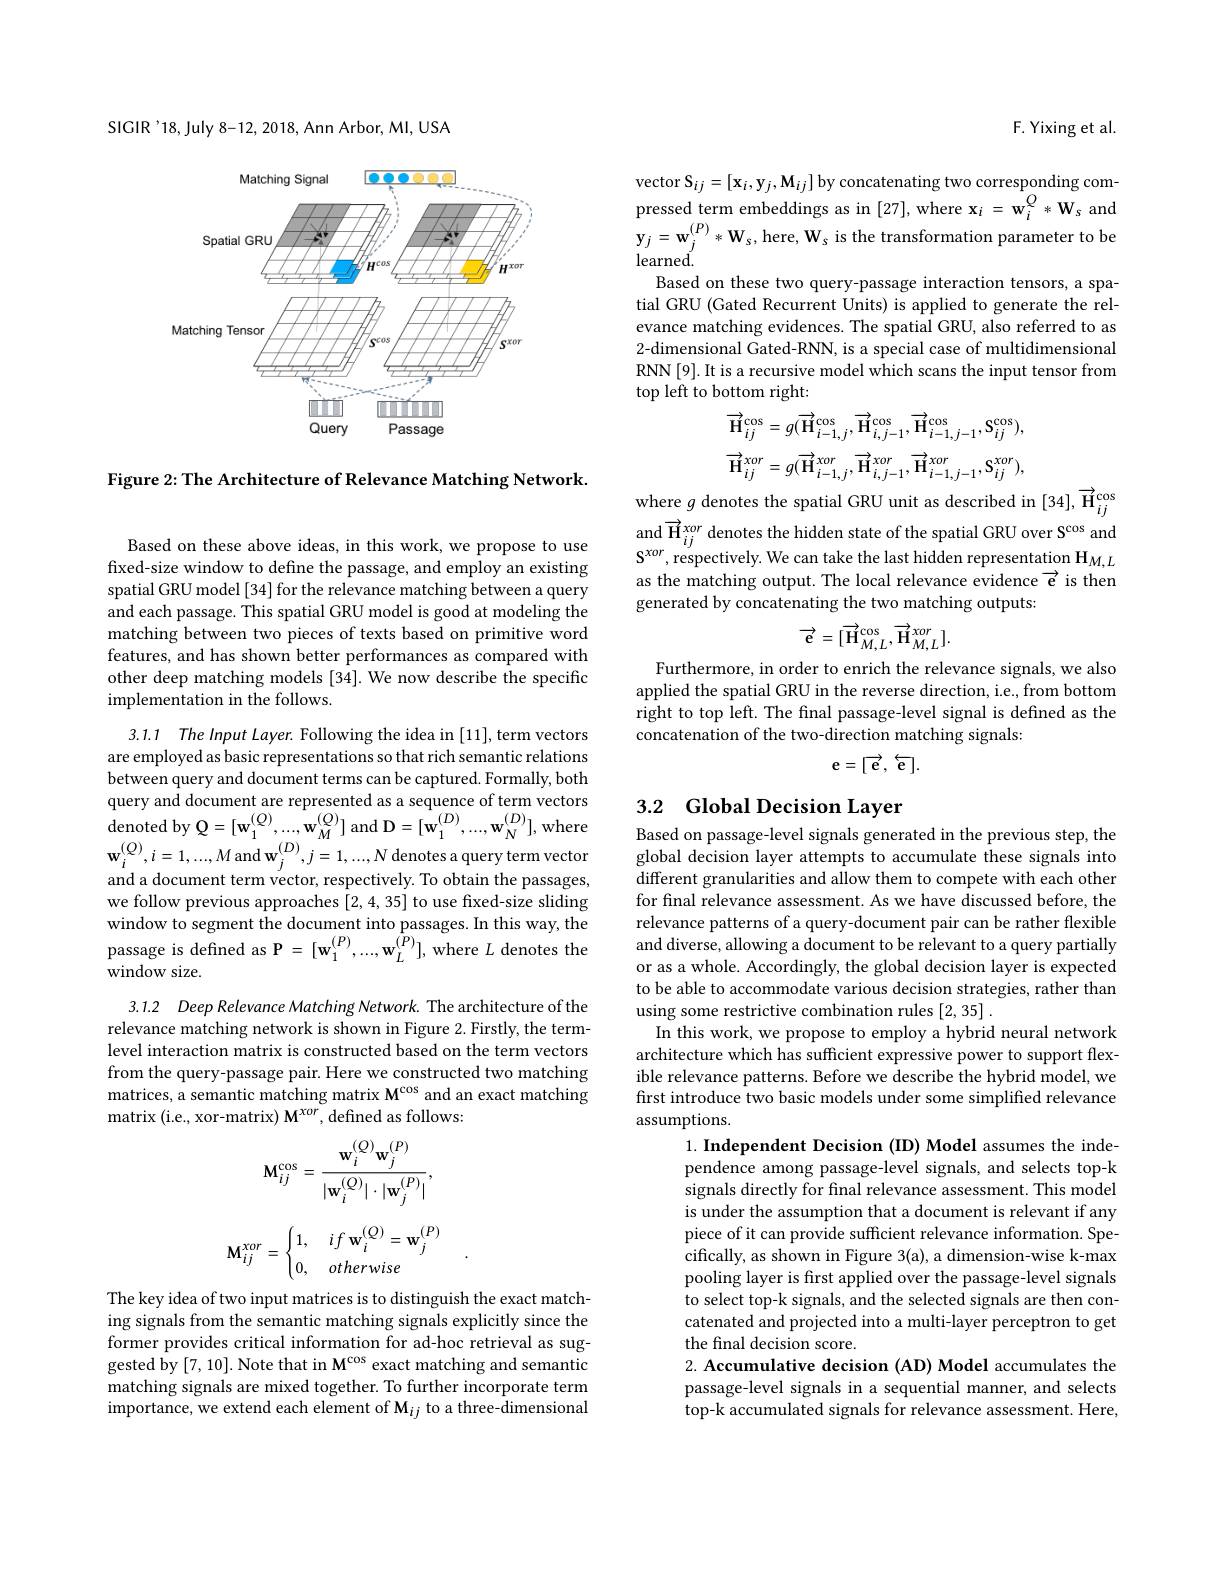
SIGIR'18,July 8-12, 2018, Ann Arbor, MI, USA

<FigureHere>

Figure 2: The Architecture of Relevance Matching Network.

Based on these above ideas, in this work, we propose to use fixed-size window to define the passage, and employ an existing spatial GRU model [34] for the relevance matching between a query and each passage. This spatial GRU model is good at modeling the matching between two pieces of texts based on primitive word features, and has shown better performances as compared with other deep matching models [34]. We now describe the specific implementation in the follows.

3.1.1 The Input Layer. Following the idea in [11], term vectors are employed as basic representations so that rich semantic relations between query and document terms can be captured. Formally, both query and document are represented as a sequence of term vectors ${\mathrm{denoted~by~Q=[w_{1}^{(Q)},...,w_{M}^{(Q)}]~and~D=[w_{1}^{(D)},...,w_{N}^{(D)}],~where}}$ $\mathbf{w} _{i}^{( Q) }, i= 1, . . . , M$ and $\mathbf{w} _{j}^{( D) }, j= 1, . . . , N$ denotes a query term vector and a document term vector, respectively. To obtain the passages, we follow previous approaches [2,4,35] to use fixed-size sliding window to segment the document into passages. In this way, the passage is defined as P $=[\mathbf{w}_{1}^{(P)},...,\mathbf{w}_{L}^{(P)}]$,where $L$ denotes the window size.
3.1.2 Deep Relevance Matching Network. The architecture of the relevance matching network is shown in Figure 2. Firstly, the termlevel interaction matrix is constructed based on the term vectors from the query-passage pair. Here we constructed two matching matrices, a semantic matching matrix M$^\mathrm{cos}$ and an exact matching matrix ( i. e. , xor- matrix) $M^{xor}$, defined as follows:
$$\mathbf{M}_{ij}^{\cos}=\frac{\mathbf{w}_{i}^{(Q)}\mathbf{w}_{j}^{(P)}}{|\mathbf{w}_{i}^{(Q)}|\cdot|\mathbf{w}_{j}^{(P)}|},$$
$$\mathbf{M}_{ij}^{xor}=\begin{cases}1,&\:if\:\mathbf{w}_i^{(Q)}=\mathbf{w}_j^{(P)}\\0,&\:otherwise\end{cases}.$$
The key idea of two input matrices is to distinguish the exact matching signals from the semantic matching signals explicitly since the former provides critical information for ad-hoc retrieval as suggested by [7, 10]. Note that in M$^\mathrm{cos}$ exact matching and semantic matching signals are mixed together. To further incorporate term importance, we extend each element of M$_ij$ to a three-dimensional

F. Yixing et al.

vector $\mathcal{S}_{ij}=[\mathbf{x}_{i},\mathbf{y}_{j},\mathbf{M}_{ij}]$ by concatenating two corresponding com- $\text{pressed term embeddings as in [ 27] , where x}_{i}= \mathbf{w} _{i}^{Q}* \mathbf{W} _{s}$ and $\mathbf{y} _{j}= \mathbf{w} _{j}^{( P) }* \mathbf{W} _{s}, \mathrm{~here, ~W}_{s}$ is the transformation parameter to be learned.
Based on these two query-passage interaction tensors, a spatial GRU (Gated Recurrent Units) is applied to generate the relevance matching evidences. The spatial GRU, also referred to as 2-dimensional Gated-RNN, is a special case of multidimensional RNN[9]. It is a recursive model which scans the input tensor from top left to bottom right:
$$\overrightarrow{\mathbf{H}}_{ij}^{\cos}=g(\overrightarrow{\mathbf{H}}_{i-1,j}^{\cos},\overrightarrow{\mathbf{H}}_{i,j-1}^{\cos},\overrightarrow{\mathbf{H}}_{i-1,j-1}^{\cos},\mathbf{S}_{ij}^{\cos}),\\\overrightarrow{\mathbf{H}}_{ij}^{xor}=g(\overrightarrow{\mathbf{H}}_{i-1,j}^{xor},\overrightarrow{\mathbf{H}}_{i,j-1}^{xor},\overrightarrow{\mathbf{H}}_{i-1,j-1}^{xor},\mathbf{S}_{ij}^{xor}),$$
where $g$ denotes the spatial GRU unit as described in [34], $\vec{\mathbf{H}}_{ij}^\mathrm{cos}$ and $\vec{\mathbf{H} } _{ij}^{xor}$ denotes the hidden state of the spatial GRU over S$^{\mathrm{cos}}$ and $S^{xor}$, respectively. We can take the last hidden representation $\mathbf{H}_M,L$ as the matching output. The local relevance evidence $\vec{\mathbf{e}}$ is then generated by concatenating the two matching outputs:
$$\overrightarrow{\mathbf{e}}=[\overrightarrow{\mathbf{H}}_{M,L}^{\cos},\overrightarrow{\mathbf{H}}_{M,L}^{xor}].$$
Furthermore, in order to enrich the relevance signals, we also applied the spatial GRU in the reverse direction, i.e., from bottom right to top left. The final passage-level signal is defined as the concatenation of the two-direction matching signals:
$$\mathbf{e}=[\:\overrightarrow{\mathbf{e}},\:\overleftarrow{\mathbf{e}}].$$
## 3.2 Global Decision Layer

Based on passage-level signals generated in the previous step, the global decision layer attempts to accumulate these signals into $\ddot{\text{different granularities and allow them to compete with each other}}$ for final relevance assessment. As we have discussed before, the relevance patterns of a query-document pair can be rather flexible and diverse, allowing a document to be relevant to a query partially or as a whole. Accordingly, the global decision layer is expected to be able to accommodate various decision strategies, rather than using some restrictive combination rules [2,35]
In this work, we propose to employ a hybrid neural network architecture which has sufficient expressive power to support flexible relevance patterns. Before we describe the hybrid model, we first introduce two basic models under some simplified relevance assumptions.
1. Independent Decision (ID) Model assumes the independence among passage-level signals, and selects top-k signals directly for final relevance assessment. This model is under the assumption that a document is relevant if any piece of it can provide sufficient relevance information. Specifically, as shown in Figure 3(a), a dimension-wise k-max pooling layer is first applied over the passage-level signals to select top-k signals, and the selected signals are then concatenated and projected into a multi-layer perceptron to get the final decision score.
2. Accumulative decision (AD) Model accumulates the passage-level signals in a sequential manner, and selects top-k accumulated signals for relevance assessment. Here,